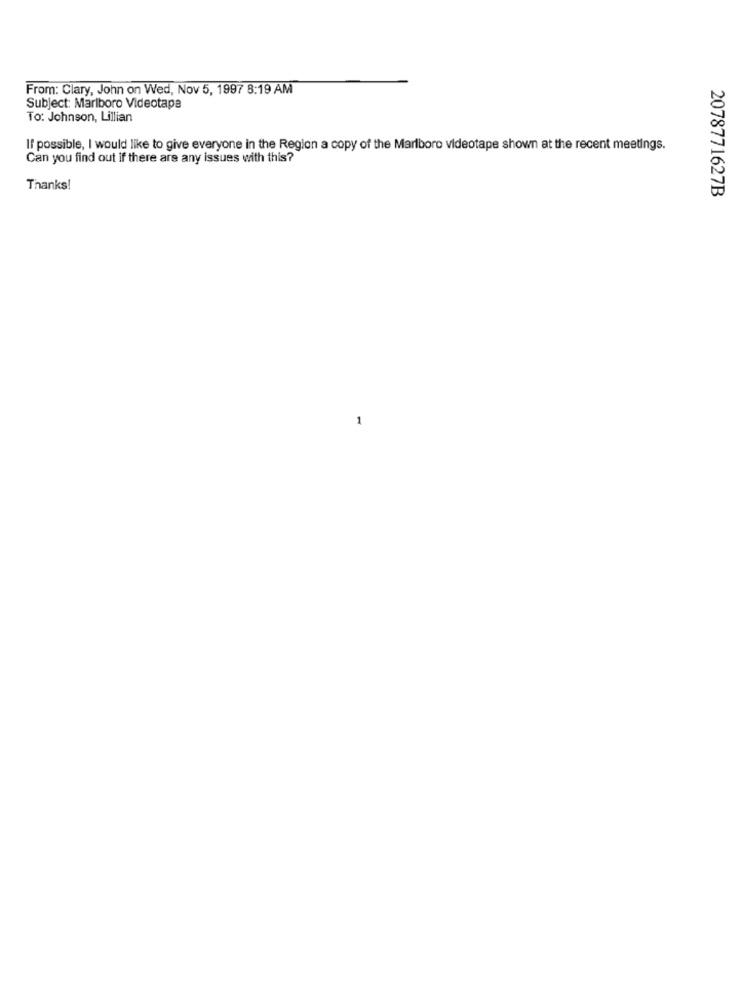
From: Clary, John on Wed, Nov 5, 1997 8:19 AM
Subject: Marlboro Videotape
To: Johnson, Lillian
If possible, I would like to give everyone in the Region a copy of the Marlboro videotape shown at the recent meetings.
Can you find out if there are any issues with this?
Thanks!
2078771627B
1